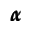
\pmb { \alpha }